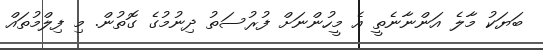
ބަޔަކު މާލެ އަންނާނެތީ އެ މީހުންނަށް ފުރުސަތު ދިނުމުގެ ގޮތުން. މި ފިލްމުތައް